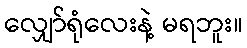
လျှော်ရုံလေးနဲ့ မရဘူး။